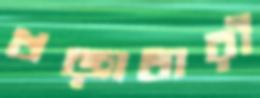
খড়্‌গধারী